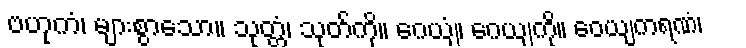
ဗဟုကံ၊ များစွာသော။ သုတ္တံ၊ သုတ်ကို။ ဂေယျံ၊ ဂေယျကို။ ဝေယျကရဏံ၊